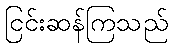
ငြင်းဆန်ကြသည်